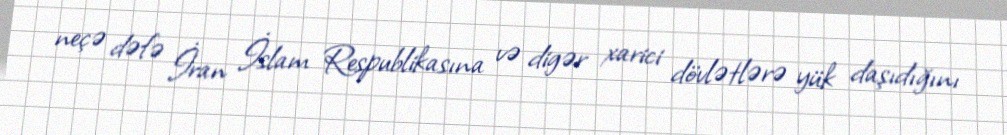
neçə dəfə İran İslam Respublikasına və digər xarici dövlətlərə yük daşıdığını